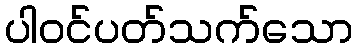
ပါဝင်ပတ်သက်သော